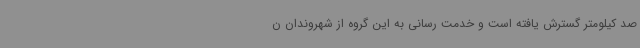
صد کیلومتر گسترش یافته است و خدمت رسانی به این گروه از شهروندان ن